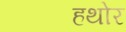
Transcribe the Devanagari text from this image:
हथोर